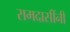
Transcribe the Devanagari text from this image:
रामदासींनी